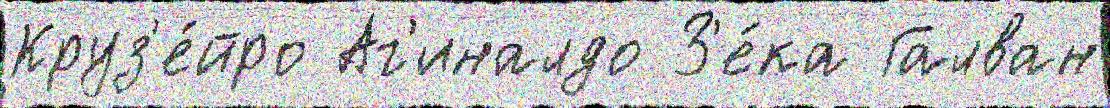
Круз'е́йро Аг'иналдо З'е́ка Галван